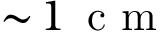
\sim \! 1 \, \mathrm { ~ c ~ m ~ }